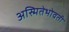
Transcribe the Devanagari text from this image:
अस्मितेभोवती